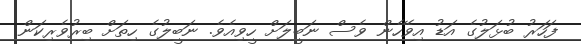
ފަހަރު ބުޅަލުގެ އަޑު އިވޭހެން ވެސް ނަބީލަށް ހީވިއެވެ. ނަބީލުގެ ހިތަށް ބިރުވެރިކަން